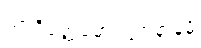
သာရိပုတ္တမောဂ္ဂလ္လာနာနမ္ပိ